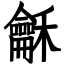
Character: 龢